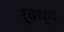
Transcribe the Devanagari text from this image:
र्वध्य